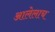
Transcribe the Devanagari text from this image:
आलेलाच